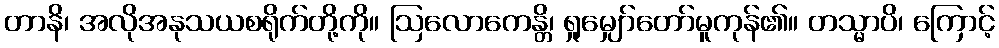
တာနိ၊ အလိုအနုသယစရိုက်တို့ကို။ ဩလောကေန္တိ၊ ရှုမျှော်တော်မူကုန်၏။ တသ္မာပိ၊ ကြောင့်